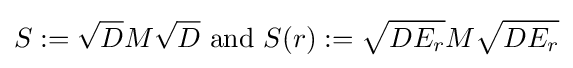
S:={\sqrt {D}}M{\sqrt {D}}{\text{ and }}S(r):={\sqrt {DE_{r}}}M{\sqrt {DE_{r}}}